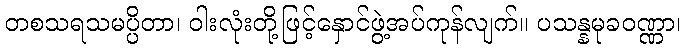
တစသရသမပ္ပိတာ၊ ဝါးလုံးတို့ဖြင့်နှောင်ဖွဲ့အပ်ကုန်လျက်။ ပသန္နမုခဝဏ္ဏာ၊